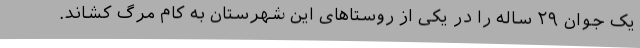
یک جوان ۲۹ ساله را در یکی از روستاهای این شهرستان به کام مرگ کشاند.